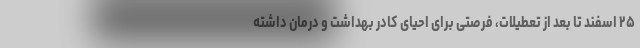
۲۵ اسفند تا بعد از تعطیلات، فرصتی برای احیای کادر بهداشت و درمان داشته